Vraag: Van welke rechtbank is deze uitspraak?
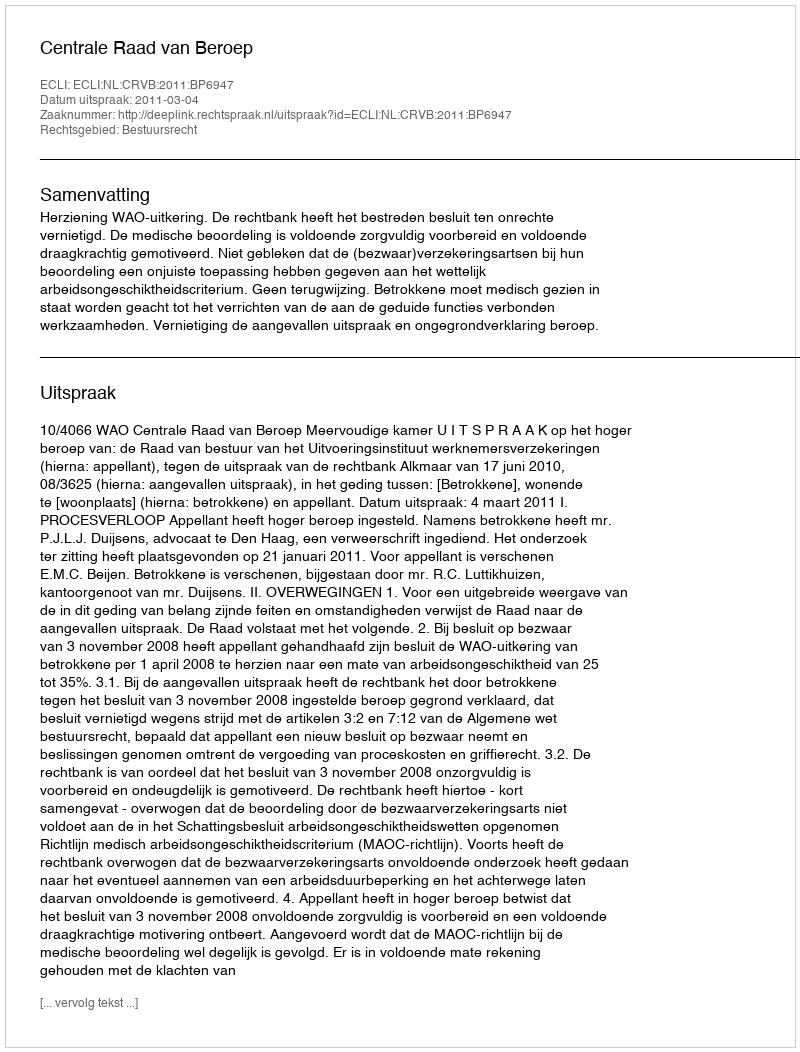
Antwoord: Centrale Raad van Beroep